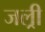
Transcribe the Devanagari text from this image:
जल्री